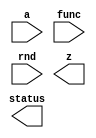

////////////////////////////////////////////////////////////////////////////////
//
//       This confidential and proprietary software may be used only
//     as authorized by a licensing agreement from Synopsys Inc.
//     In the event of publication, the following notice is applicable:
//
//                    (C) COPYRIGHT 2010 - 2018 SYNOPSYS INC.
//                           ALL RIGHTS RESERVED
//
//       The entire notice above must be reproduced on all authorized
//     copies.
//
//
// VERSION:   Simulation Model for DW_lp_fp_multifunc
//
// DesignWare_version: 67ae8956
// DesignWare_release: O-2018.06-DWBB_201806.3
//
////////////////////////////////////////////////////////////////////////////////
////////////////////////////////////////////////////////////////////////////////
//-----------------------------------------------------------------------------
//
// ABSTRACT: Floating-point Multi-function Unit
//
//             DW_lp_fp_multifunc calculates floating-point transcendental
//             functions with polynomial approximation methods.
//             Functions that are implemented include reciprocal, 
//             square root, inverse square root, trigonometric functions, 
//             logarithm and exponential function. All can be implemented 
//             in one unit, but user can choose some of them or just one 
//             function for the implementation.
//
//             parameters      valid values (defined in the DW manual)
//             ==========      ============
//             sig_width       significand size,  2 to 23 bits
//             exp_width       exponent size,     3 to 8 bits
//             ieee_compliance support the IEEE Compliance 
//                             0 - IEEE 754 compatible without denormal support
//                                 (NaN becomes Infinity, Denormal becomes Zero)
//                             1 - IEEE 754 compatible with denormal support
//                                 (NaN and denormal numbers are supported)
//             func_select     Select functions to be implemented
//                             16-bit binary parameter
//                             func_select[0]: reciprocal, 1/x
//                             func_select[1]: square root, sqrt(x)
//                             func_select[2]: inv. square root, 1/sqrt(x)
//                             func_select[3]: sine function, sin(pi*x)
//                             func_select[4]: cosine function, cos(pi*x)
//                             func_select[5]: base-2 log function, log2(x)
//                             func_select[6]: base-2 power function, 2^x
//                             func_select[7:15]: reserved
//             faithful_round  This parameter is only for FP reciprocal with
//                             func_select[0] = 1. It is for the compatibility 
//                             with faithful_round parameter of DW_fp_recip.
//                             0 - it keeps all rounding modes. 
//                             1 - Default value. 
//                                 z has 1 ulp error. RND input does not affect 
//                                 the output
//             pi_multiple     This parameter is only for FP sine and FP cosine
//                             with func_select[3] = 1 or func_select[4] = 1.
//                             angle of sine/cosine is multipled by pi
//                             0 - sin(x) or cos(x)
//                             1 - Default value.
//                                 sin(pi * x) or cos(pi * x)
//
//             Input ports     Size & Description
//             ===========     ==================
//             a               (sig_width + exp_width + 1) bits
//                             Floating-point Number Input
//             func            16-bit Function selection port
//                             Output function is determined by FUNC
//             rnd             Rounding mode.  It is only valid for 
//                             FP reciprocal with func_select[0] = 1 and 
//                             faithful_round = 0. Otherwise, rnd input is
//                             ignored. 
//
//             Output ports    Size & Description
//             ===========     ==================
//             z               (sig_width + exp_width + 1) bits
//                             Floating-point number output
//             status          8 bit
//
//-----------------------------------------------------------------------------
////////////////////////////////////////////////////////////////////////////////

`ifdef VCS
`include "vcs/DW_lp_fp_multifunc.v"
`else

module DW_lp_fp_multifunc (
                   a,
                   func,
                   rnd,
                   z,
                   status
);


  // current available parameters
  parameter integer sig_width       = 23;  // RANGE 2 to 23
  parameter integer exp_width       = 8;   // RANGE 3 to 8
  parameter integer ieee_compliance = 0;   // RANGE 0 to 1
  parameter integer func_select     = 127; // RANGE 1 to 127
  parameter integer faithful_round  = 1;   // RANGE 0 to 1
  parameter integer pi_multiple     = 1;   // RANGE 0 to 1

  input [sig_width + exp_width:0] a;
  input [15:0] func;
  input [2:0] rnd;

  output [sig_width + exp_width:0] z;
  output [7:0] status;

// synopsys translate_off

  initial begin : PROC_invald_simulator_msg
    
    $display( "\
ERROR: %m:\
  ******************************************************\
  *                                                    *\
  *  The DesignWare minPower Library Component,        *\
  *  DW_lp_fp_multifunc, is only supported for         *\
  *  Synopsys VCS and VCS-MX simulators.               *\
  *                                                    *\
  *  support@synopsys.com                              *\
  *                                                    *\
  ******************************************************\
  ");
    $finish;


  end
// synopsys translate_on

endmodule
`endif